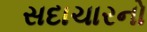
સદાચારનો